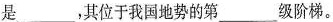
是___，其位于我国地势的第___级阶梯。